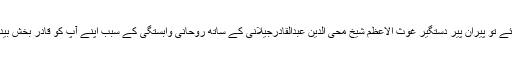
آپ جب بڑے ہوئے تو پیرانِ پیر دستگیر غوث الاعظم شیخ محی الدین عبدالقادرجیلانیؒ کے ساتھ روحانی وابستگی کے سبب اپنے آپ کو قادر بخش بیدل کہلوانے لگے۔